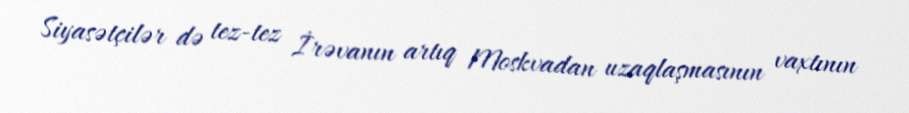
Siyasətçilər də tez-tez İrəvanın artıq Moskvadan uzaqlaşmasının vaxtının